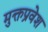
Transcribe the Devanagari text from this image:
मुक्तप्रवेश